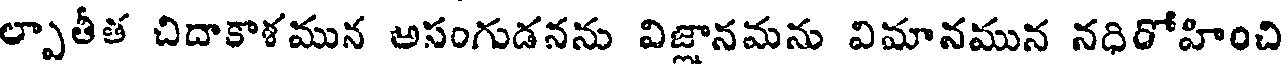
ల్పాతీత చిదాకాళమున అసంగుడనను విజ్లానమను విమానమున నధిరోహించి